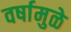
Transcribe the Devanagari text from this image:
वर्षामुळे